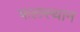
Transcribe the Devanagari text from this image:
फलस्थान